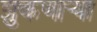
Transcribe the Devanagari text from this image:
झुकणार्‍या